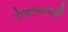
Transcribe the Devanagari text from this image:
रोखण्यातही